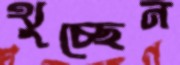
থুচ্ছেন